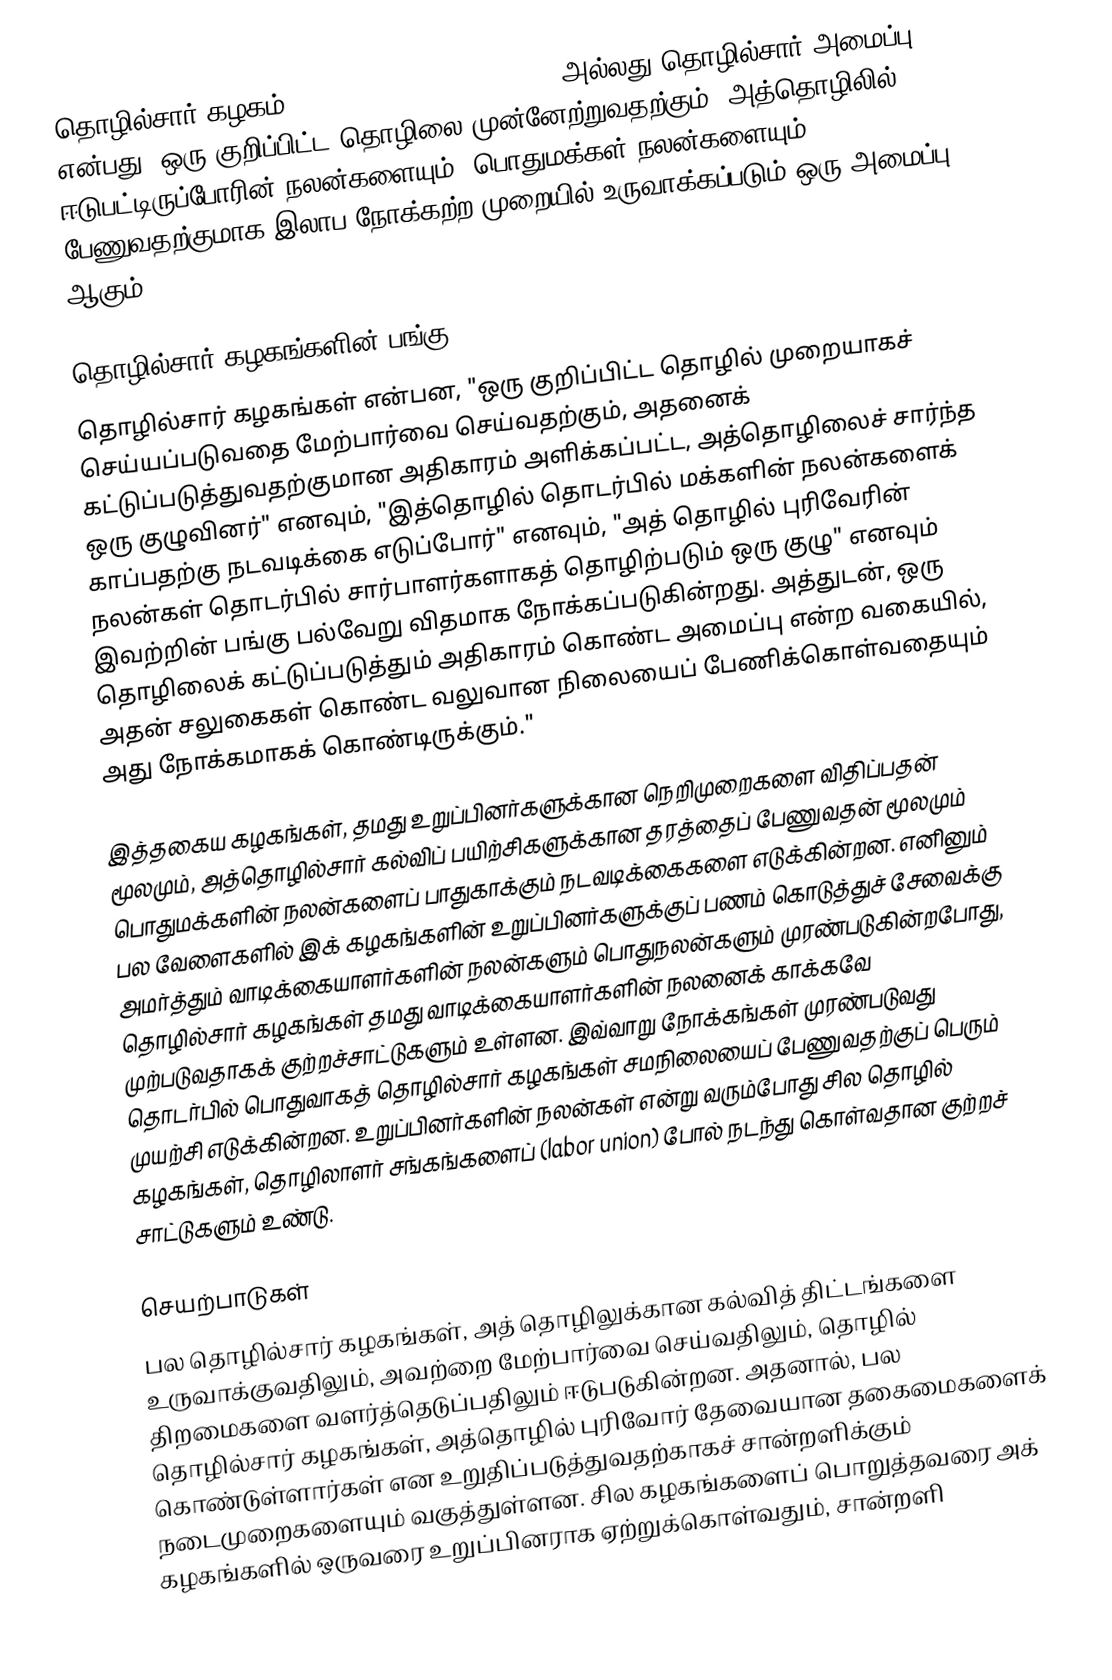
தொழில்சார் கழகம் (Professional association) அல்லது தொழில்சார் அமைப்பு என்பது, ஒரு குறிப்பிட்ட தொழிலை முன்னேற்றுவதற்கும், அத்தொழிலில் ஈடுபட்டிருப்போரின் நலன்களையும், பொதுமக்கள் நலன்களையும் பேணுவதற்குமாக இலாப நோக்கற்ற முறையில் உருவாக்கப்படும் ஒரு அமைப்பு ஆகும்.

தொழில்சார் கழகங்களின் பங்கு
தொழில்சார் கழகங்கள் என்பன, "ஒரு குறிப்பிட்ட தொழில் முறையாகச் செய்யப்படுவதை மேற்பார்வை செய்வதற்கும், அதனைக் கட்டுப்படுத்துவதற்குமான அதிகாரம் அளிக்கப்பட்ட, அத்தொழிலைச் சார்ந்த ஒரு குழுவினர்" எனவும், "இத்தொழில் தொடர்பில் மக்களின் நலன்களைக் காப்பதற்கு நடவடிக்கை எடுப்போர்" எனவும், "அத் தொழில் புரிவேரின் நலன்கள் தொடர்பில் சார்பாளர்களாகத் தொழிற்படும் ஒரு குழு" எனவும் இவற்றின் பங்கு பல்வேறு விதமாக நோக்கப்படுகின்றது. அத்துடன், ஒரு தொழிலைக் கட்டுப்படுத்தும் அதிகாரம் கொண்ட அமைப்பு என்ற வகையில், அதன் சலுகைகள் கொண்ட வலுவான நிலையைப் பேணிக்கொள்வதையும் அது நோக்கமாகக் கொண்டிருக்கும்."

இத்தகைய கழகங்கள், தமது உறுப்பினர்களுக்கான நெறிமுறைகளை விதிப்பதன் மூலமும், அத்தொழில்சார் கல்விப் பயிற்சிகளுக்கான தரத்தைப் பேணுவதன் மூலமும் பொதுமக்களின் நலன்களைப் பாதுகாக்கும் நடவடிக்கைகளை எடுக்கின்றன. எனினும் பல வேளைகளில் இக் கழகங்களின் உறுப்பினர்களுக்குப் பணம் கொடுத்துச் சேவைக்கு அமர்த்தும் வாடிக்கையாளர்களின் நலன்களும் பொதுநலன்களும் முரண்படுகின்றபோது, தொழில்சார் கழகங்கள் தமது வாடிக்கையாளர்களின் நலனைக் காக்கவே முற்படுவதாகக் குற்றச்சாட்டுகளும் உள்ளன. இவ்வாறு நோக்கங்கள் முரண்படுவது தொடர்பில் பொதுவாகத் தொழில்சார் கழகங்கள் சமநிலையைப் பேணுவதற்குப் பெரும் முயற்சி எடுக்கின்றன. உறுப்பினர்களின் நலன்கள் என்று வரும்போது சில தொழில் கழகங்கள், தொழிலாளர் சங்கங்களைப் (labor union) போல் நடந்து கொள்வதான குற்றச் சாட்டுகளும் உண்டு.

செயற்பாடுகள்
பல தொழில்சார் கழகங்கள், அத் தொழிலுக்கான கல்வித் திட்டங்களை உருவாக்குவதிலும், அவற்றை மேற்பார்வை செய்வதிலும், தொழில் திறமைகளை வளர்த்தெடுப்பதிலும் ஈடுபடுகின்றன. அதனால், பல தொழில்சார் கழகங்கள், அத்தொழில் புரிவோர் தேவையான தகைமைகளைக் கொண்டுள்ளார்கள் என உறுதிப்படுத்துவதற்காகச் சான்றளிக்கும் நடைமுறைகளையும் வகுத்துள்ளன. சில கழகங்களைப் பொறுத்தவரை அக் கழகங்களில் ஒருவரை உறுப்பினராக ஏற்றுக்கொள்வதும், சான்றளி